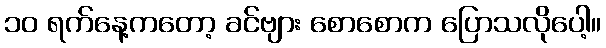
၁၀ ရက်နေ့ကတော့ ခင်ဗျား စောစောက ပြောသလိုပေါ့။